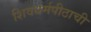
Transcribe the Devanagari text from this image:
शिवधर्मपीठाची